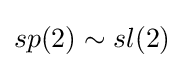
sp(2)\sim sl(2)